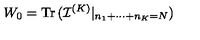
W _ { 0 } = \mathrm { T r \thinspace } ( { \mathcal I } ^ { ( K ) } | _ { n _ { 1 } + \cdots + n _ { K } = N } )